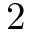
2